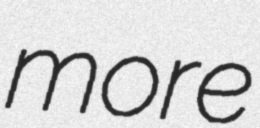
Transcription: more